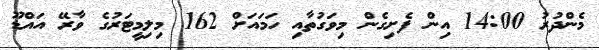
މެންދުރު 14:00 އިން ފެށިގެން މިވަގުތާއި ހަމައަށް 162 މިލިމީޓަރުގެ ވާރޭ އައްޑޫ